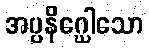
အပ္ပနိဂ္ဃေါသော